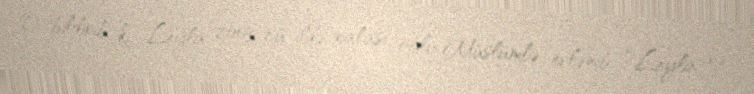
O bildirib ki, Leyla 2003-cü ildə xalası oğlu Müslümlə evlənib: “Leyla və